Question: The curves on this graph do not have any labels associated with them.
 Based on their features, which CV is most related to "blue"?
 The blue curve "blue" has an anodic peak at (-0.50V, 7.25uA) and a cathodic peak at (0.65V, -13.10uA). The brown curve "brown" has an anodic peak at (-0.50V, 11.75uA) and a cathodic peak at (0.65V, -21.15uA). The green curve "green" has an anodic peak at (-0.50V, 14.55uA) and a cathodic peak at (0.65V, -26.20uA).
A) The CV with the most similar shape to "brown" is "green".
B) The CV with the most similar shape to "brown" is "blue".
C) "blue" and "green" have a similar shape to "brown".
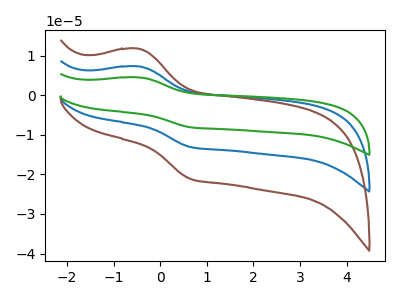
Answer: <think>All the peaks in "blue" have a peak in "brown" at the same potential. Every peak in "blue" is lower than every peak in "brown". All the peaks in "blue" have a peak in "green" at the same potential. Every peak in "blue" is lower than every peak in "green". All the peaks in "brown" have a peak in "green" at the same potential. Every peak in "brown" is lower than every peak in "green".
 </think>
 <answer>C) "blue" and "green" have a similar shape to "brown".</answer>
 <eval>C</eval>